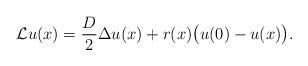
LaTeX: \begin{align*}\mathcal{L}u(x)=\frac D2\Delta u(x)+r(x)\big(u(0)-u(x)\big).\end{align*}